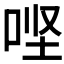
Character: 𫪄